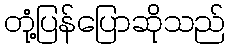
တုံ့ပြန်ပြောဆိုသည်